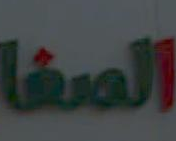
الصفا